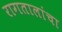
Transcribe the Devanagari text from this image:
रागतालांचा